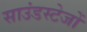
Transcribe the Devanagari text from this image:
साउंडस्टेजों